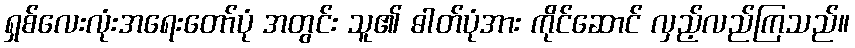
ရှစ်လေးလုံးအရေးတော်ပုံ အတွင်း သူ၏ ဓါတ်ပုံအား ကိုင်ဆောင် လှည့်လည်ကြသည်။